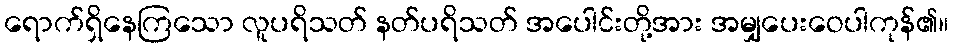
ရောက်ရှိနေကြသော လူပရိသတ် နတ်ပရိသတ် အပေါင်းတို့အား အမျှပေးဝေပါကုန်၏။